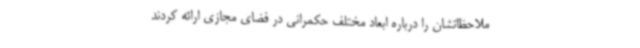
ملاحظاتشان را درباره ابعاد مختلف حکمرانی در فضای مجازی ارائه کردند